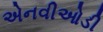
એનવીઓડી